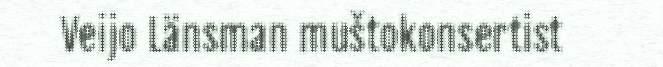
Veijo Länsman muštokonsertist